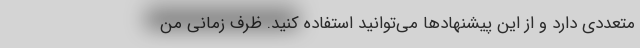
متعددی دارد و از این پیشنهادها می‌توانید استفاده کنید. ظرف زمانی من